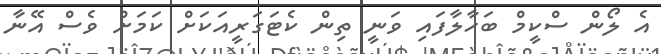
އެ ލޯން ސްކީމް ބަހާލާފައި ވަނީ ތިން ކެޓަގަރީއަކަށް ކަމަށް ވެސް އޭނާ